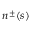
n ^ { \pm } ( s )